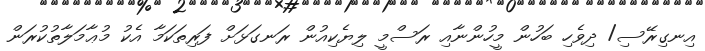
އިނގިރޭސި/ ދިވެހި ބަހުން މީހުންނާއި ރަސްމީ ލިޔެކިއުން ރަނގަޅަށް ފަރިތަކަމާ އެކު މުޢާމަލާތުކުރަން